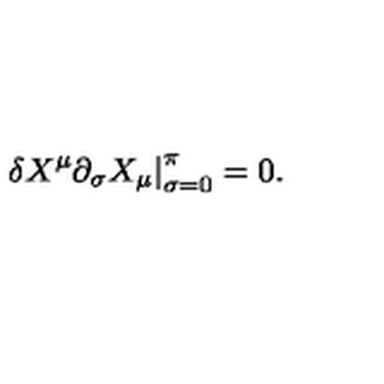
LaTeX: \left. \delta X ^ { \mu } \partial _ { \sigma } X _ { \mu } \right| _ { \sigma = 0 } ^ { \pi } = 0 .